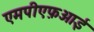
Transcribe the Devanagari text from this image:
एमपीएफ़आई